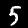
Label: 5